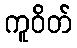
ကူဝိတ်